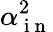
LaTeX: \alpha_{\mathrm{~i~n~}}^{2}